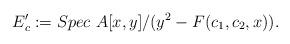
LaTeX: \begin{align*} E'_c:=Spec\ A[x,y]/(y^2-F(c_1,c_2,x)). \end{align*}